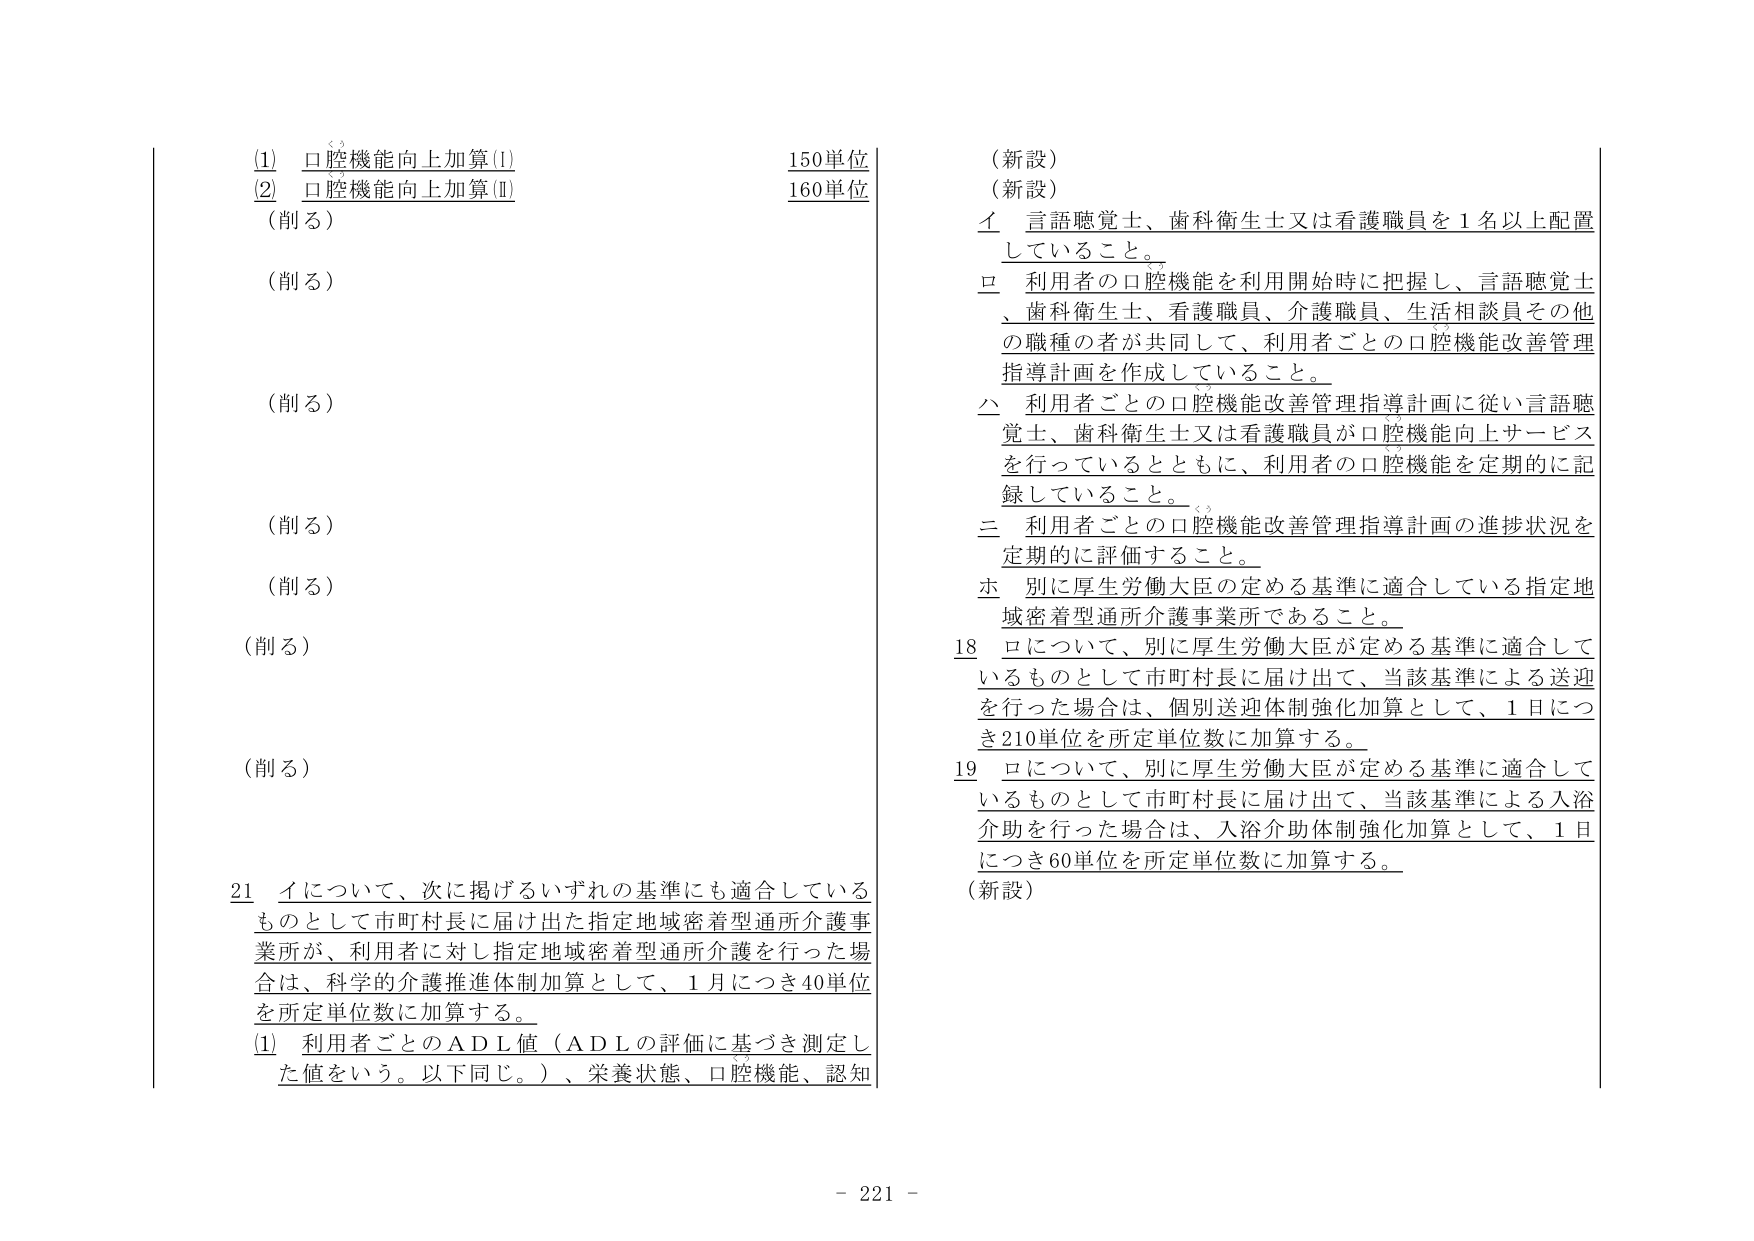
(1) 口腔機能向上加算(I) 150単位
(2) 口腔機能向上加算(Ⅱ) 160単位
（削る）
（削る）
（削る）
（削る）
（削る）
（削る）
（削る）

21 イについて、次に掲げるいずれの基準にも適合しているものとして市町村長に届け出た指定地域密着型通所介護事業所が、利用者に対し指定地域密着型通所介護を行った場合は、科学的介護推進体制加算として、1月につき40単位を所定単位数に加算する。
(1) 利用者ごとのＡＤＬ値（ＡＤＬの評価に基づき測定した値をいう。以下同じ。）、栄養状態、口腔機能、認知

（新設）
（新設）
イ 言語聴覚士、歯科衛生士又は看護職員を1名以上配置していること。
ロ 利用者の口腔機能を利用開始時に把握し、言語聴覚士、歯科衛生士、看護職員、介護職員、生活相談員その他 の職種の者が共同して、利用者ごとの口腔機能改善管理指導計画を作成していること。
ハ 利用者ごとの口腔機能改善管理指導計画に従い言語聴覚士、歯科衛生士又は看護職員が口腔機能向上サービスを行っているとともに、利用者の口腔機能を定期的に記録していること。
ニ 利用者ごとの口腔機能改善管理指導計画の進捗状況を定期的に評価すること。
ホ 別に厚生労働大臣の定める基準に適合している指定地域密着型通所介護事業所であること。
18 ロについて、別に厚生労働大臣が定める基準に適合しているものとして市町村長に届け出て、当該基準による送迎を行った場合は、個別送迎体制強化加算として、1日につき210単位を所定単位数に加算する。
19 ロについて、別に厚生労働大臣が定める基準に適合しているものとして市町村長に届け出て、当該基準による入浴介助を行った場合は、入浴介助体制強化加算として、1日につき60単位を所定単位数に加算する。
（新設）

- 221 -